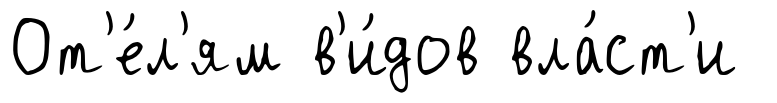
От'е́л'ям в'и́дов вла́ст'и